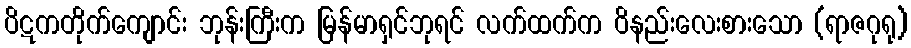
ပိဋကတိုက်ကျောင်း ဘုန်းကြီးက မြန်မာရှင်ဘုရင် လက်ထက်က ဝိနည်းလေးစားသော (ရာဇဂုရု)